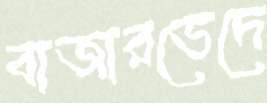
বাজারভেদে